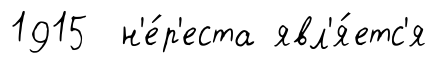
1915 н'е́р'еста явл'я́етс'я